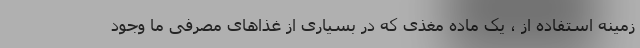
زمینه استفاده از ، یک ماده مغذی که در بسیاری از غذاهای مصرفی ما وجود